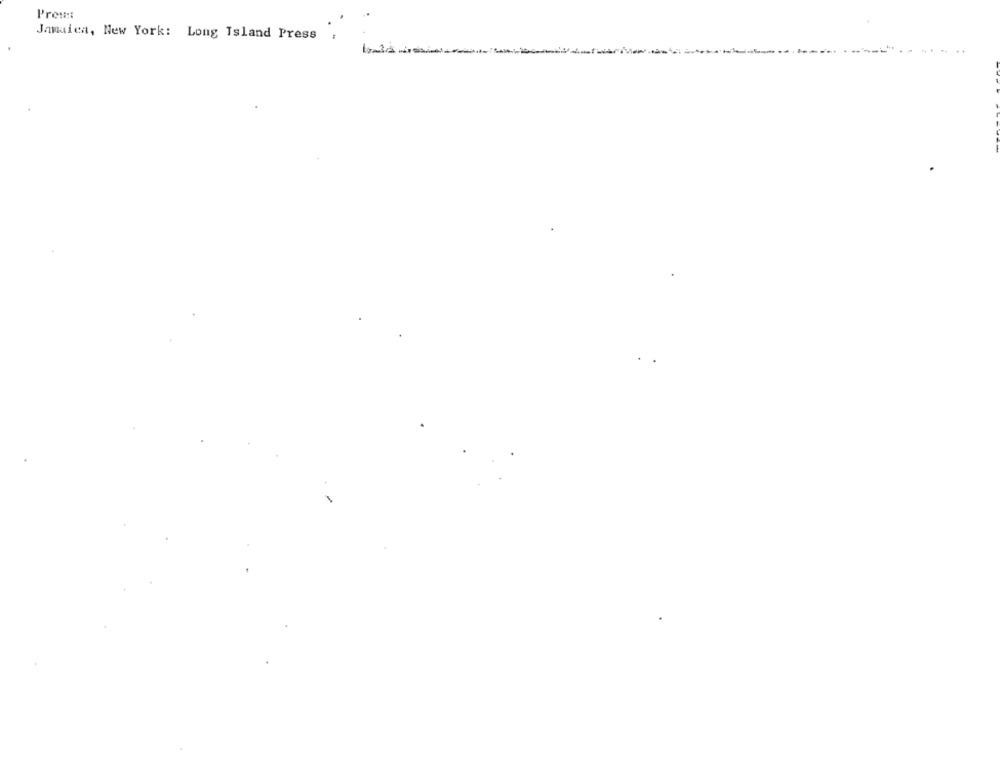
Prou ::
Jamaica, New York: Long Island Press